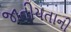
જાતીયતાની